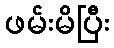
ဖမ်းမိပြီး